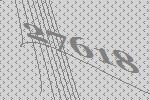
27618